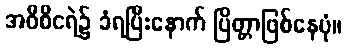
အဝီစိငရဲ၌ ခံရပြီးနောက် ပြိတ္တာဖြစ်နေပုံ။